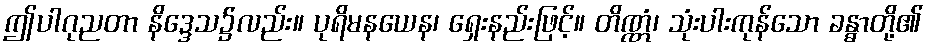
ဤပါဂုညတာ နိဒ္ဒေသ၌လည်း။ ပုရိမနယေန၊ ရှေးနည်းဖြင့်။ တိဏ္ဏံ၊ သုံးပါးကုန်သော ခန္ဓာတို့၏